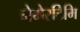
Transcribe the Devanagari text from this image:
नेमेरटिमि